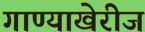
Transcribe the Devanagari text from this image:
गाण्याखेरीज